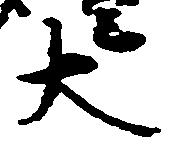
大